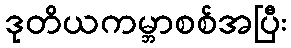
ဒုတိယကမ္ဘာစစ်အပြီး